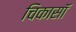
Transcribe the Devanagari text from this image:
चिकासॉ